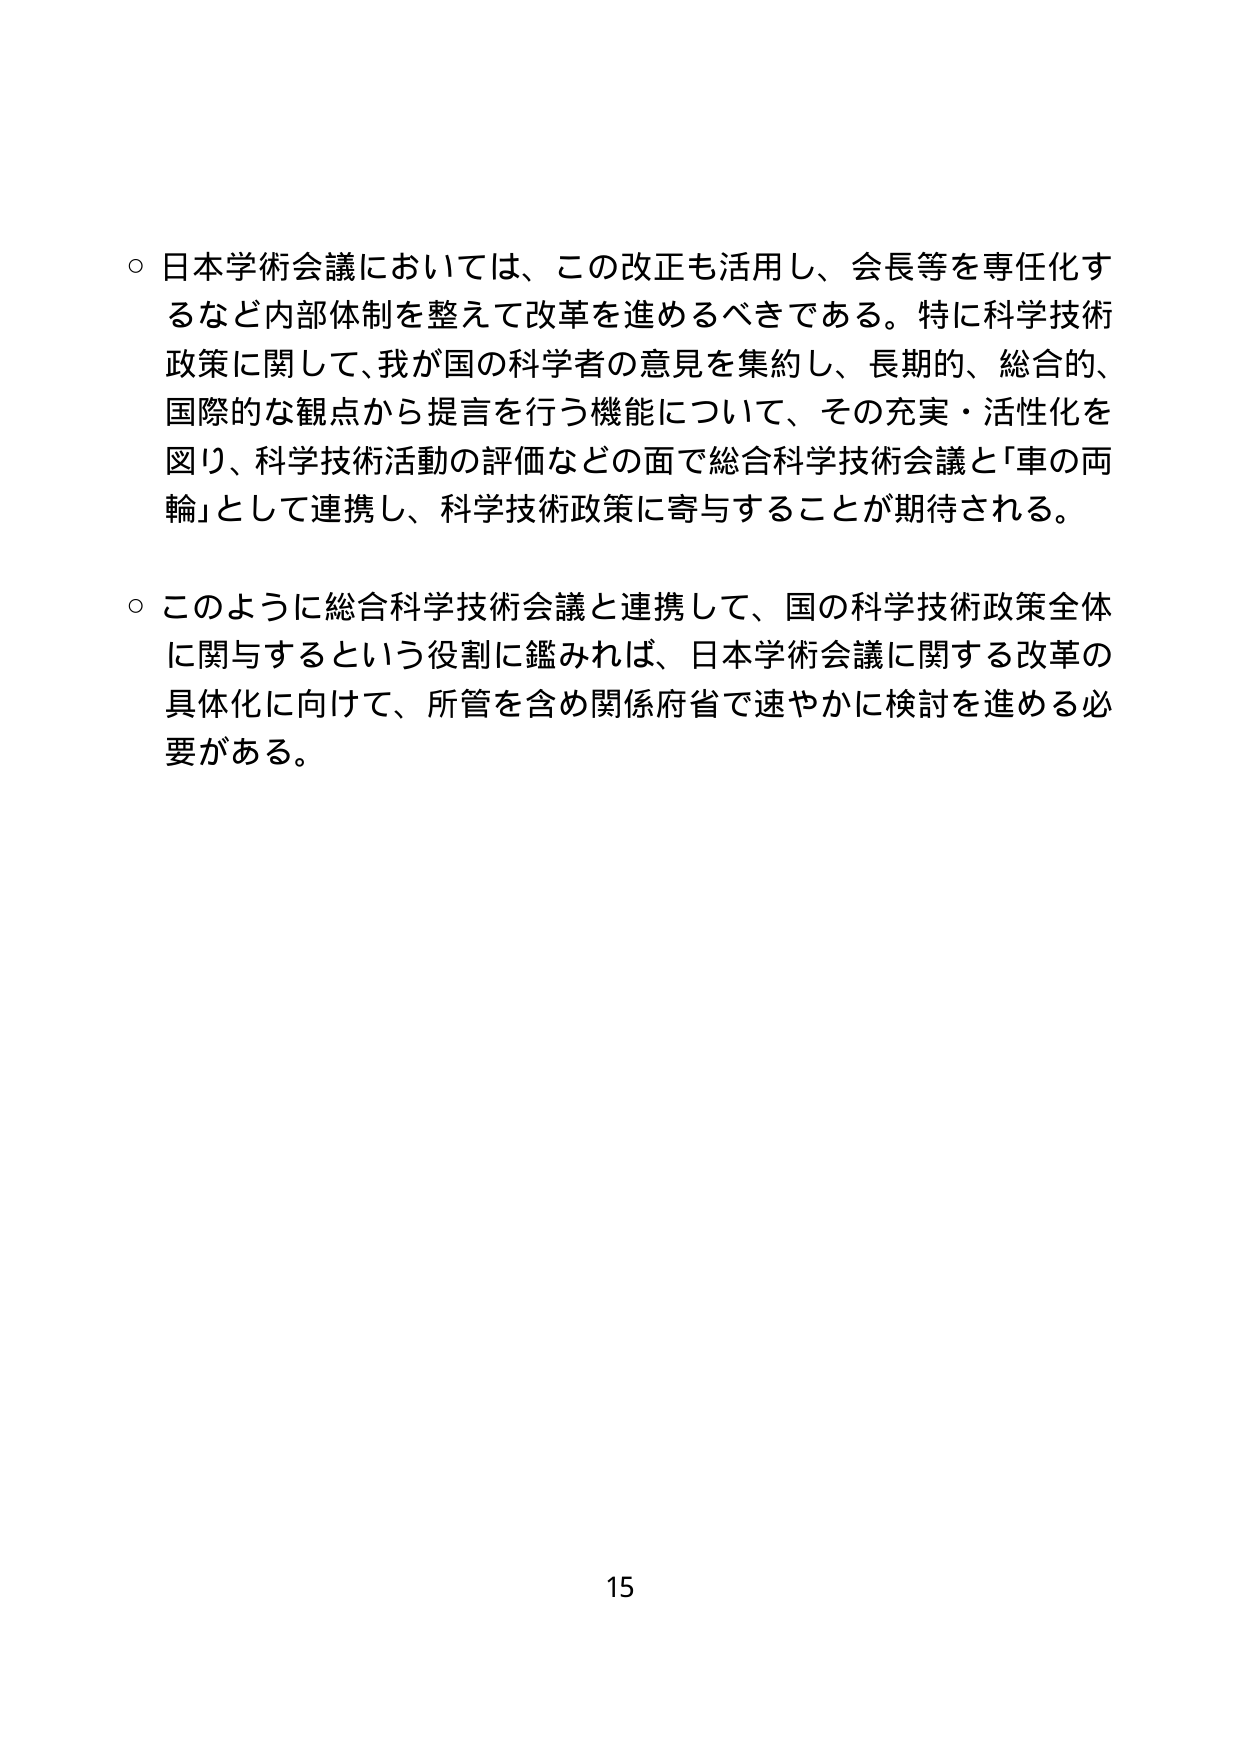
○ 日本学術会議においては、この改正も活用し、会長等を専任化するなど内部体制を整えて改革を進めるべきである。特に科学技術政策に関して、我が国の科学者の意見を集約し、長期的、総合的、国際的な観点から提言を行う機能について、その充実・活性化を図り、科学技術活動の評価などの面で総合科学技術会議と「車の両輪」として連携し、科学技術政策に寄与することが期待される。

○ このように総合科学技術会議と連携して、国の科学技術政策全体に関与するという役割に鑑みれば、日本学術会議に関する改革の具体化に向けて、所管を含め関係府省で速やかに検討を進める必要がある。

15